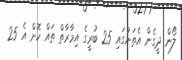
ލޯން ދީގެން އެތަނުގައި 25 ބުރީގެ އިމާރާތް ތައް ކޮށް އެ 25